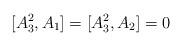
LaTeX: \begin{align*}[A_3^2,A_1] = [A_3^2,A_2] = 0\end{align*}